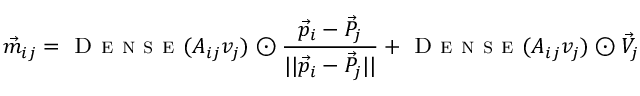
\vec { m } _ { i j } = \textsc { D e n s e } ( A _ { i j } v _ { j } ) \odot \frac { \vec { p } _ { i } - \vec { P } _ { j } } { | | \vec { p } _ { i } - \vec { P } _ { j } | | } + \textsc { D e n s e } ( A _ { i j } v _ { j } ) \odot \Vec { V } _ { j }